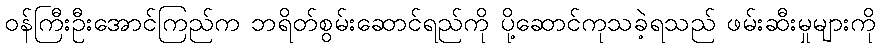
ဝန်ကြီးဦးအောင်ကြည်က ဘရိတ်စွမ်းဆောင်ရည်ကို ပို့ဆောင်ကုသခဲ့ရသည် ဖမ်းဆီးမှုများကို